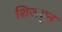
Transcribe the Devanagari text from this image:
शिजवुन